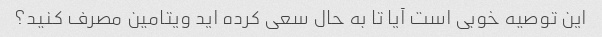
این توصیه خوبی است آیا تا به حال سعی کرده اید ویتامین مصرف کنید؟